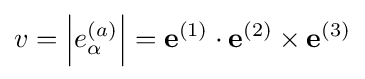
v=\left\vert e_{\alpha }^{(a)}\right\vert =\mathbf {e} ^{(1)}\cdot \mathbf {e} ^{(2)}\times \mathbf {e} ^{(3)}